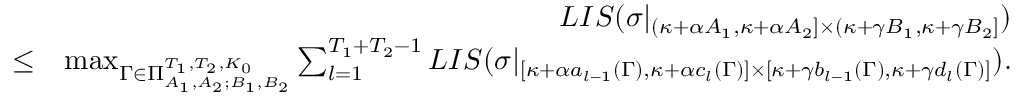
\begin{array} { r l r } & { } & { L I S ( \sigma | _ { ( \kappa + \alpha A _ { 1 } , \kappa + \alpha A _ { 2 } ] \times ( \kappa + \gamma B _ { 1 } , \kappa + \gamma B _ { 2 } ] } ) } \\ & { \leq } & { \operatorname* { m a x } _ { \Gamma \in \Pi _ { A _ { 1 } , A _ { 2 } ; B _ { 1 } , B _ { 2 } } ^ { T _ { 1 } , T _ { 2 } , K _ { 0 } } } \sum _ { l = 1 } ^ { T _ { 1 } + T _ { 2 } - 1 } L I S ( \sigma | _ { [ \kappa + \alpha a _ { l - 1 } ( \Gamma ) , \kappa + \alpha c _ { l } ( \Gamma ) ] \times [ \kappa + \gamma b _ { l - 1 } ( \Gamma ) , \kappa + \gamma d _ { l } ( \Gamma ) ] } ) . } \\ & { } & \end{array}